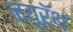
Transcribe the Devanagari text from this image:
न्यूरॅथ